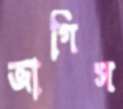
জাগিস